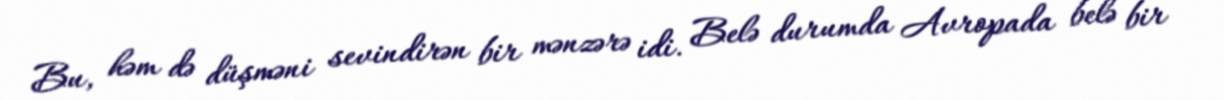
Bu, həm də düşməni sevindirən bir mənzərə idi. Belə durumda Avropada belə bir